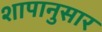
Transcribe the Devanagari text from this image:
शापानुसार